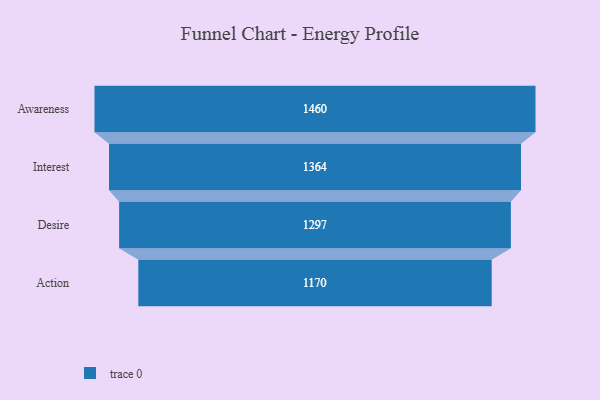
{"axis": {"x": "Stage", "y": "Value"}, "legend": [""], "data": [{"x": "Awareness", "y": 1460.0, "type": ""}, {"x": "Interest", "y": 1364.0, "type": ""}, {"x": "Desire", "y": 1297.0, "type": ""}, {"x": "Action", "y": 1170.0, "type": ""}]}